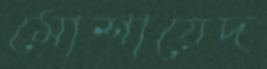
মোশায়েদ